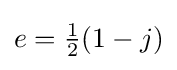
e={\tfrac {1}{2}}(1-j)